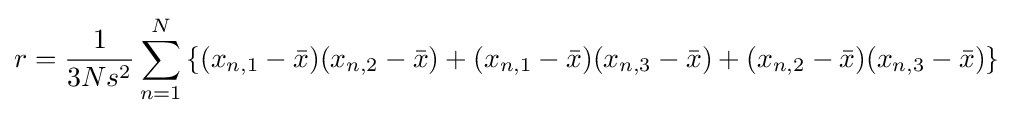
r={\frac {1}{3Ns^{2}}}\sum _{n=1}^{N}\left\{(x_{n,1}-{\bar {x}})(x_{n,2}-{\bar {x}})+(x_{n,1}-{\bar {x}})(x_{n,3}-{\bar {x}})+(x_{n,2}-{\bar {x}})(x_{n,3}-{\bar {x}})\right\}